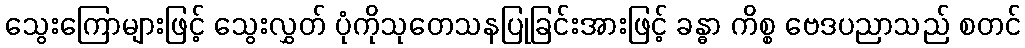
သွေးကြောများဖြင့် သွေးလွှတ် ပုံကိုသုတေသနပြုခြင်းအားဖြင့် ခန္ဓာ ကိစ္စ ဗေဒပညာသည် စတင်